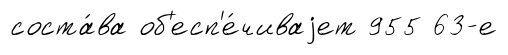
соста́ва об'есп'е́чиваjет 955 63-е